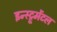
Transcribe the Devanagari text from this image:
इन्स्ट्रूमेंटल